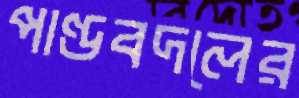
পাণ্ডবদলের